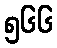
၅၆၆